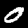
Digit: 0